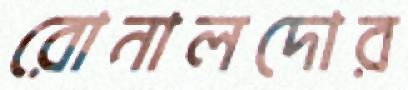
রোনালদোর